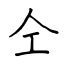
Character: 仝